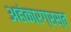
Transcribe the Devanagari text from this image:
अहंकारग्रस्त